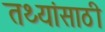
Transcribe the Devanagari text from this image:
तथ्यांसाठी